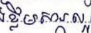
ខ្លឹមសារល្អ